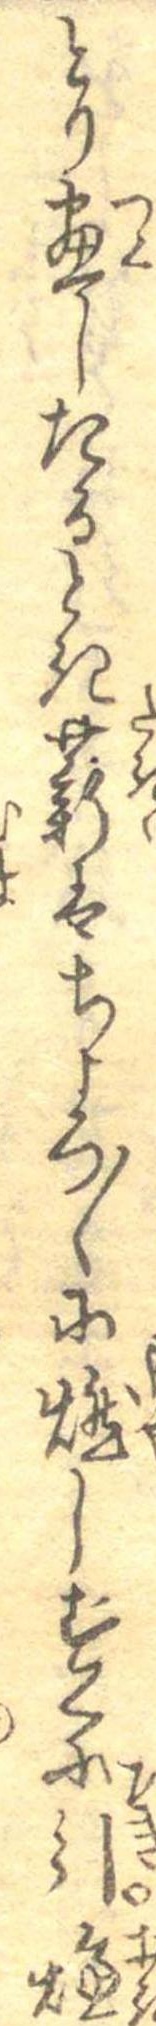
とり尽したるとき薪はちよろ〱に燃しすくに引燠